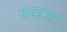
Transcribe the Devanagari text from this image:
नायत्मार